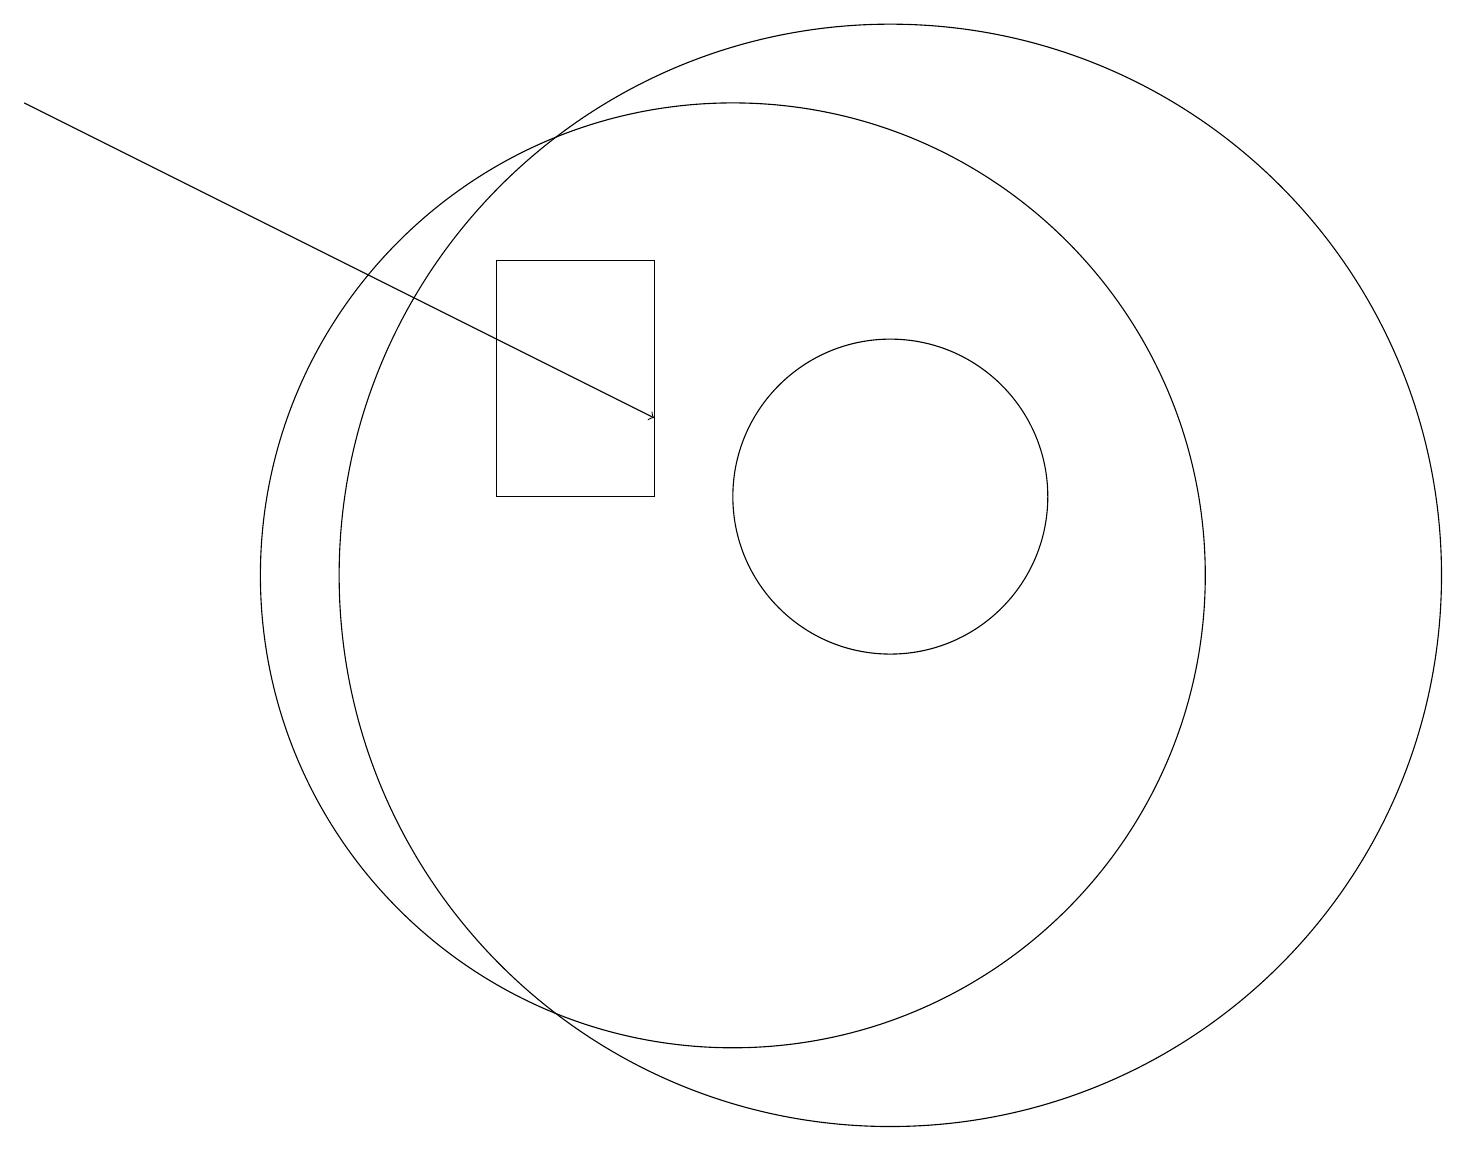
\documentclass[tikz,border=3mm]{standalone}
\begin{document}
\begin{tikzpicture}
\draw[->] (1,16) -- (9,12);
\draw (12,11) circle (2);
\draw (10,10) circle (6);
\draw (12,10) circle (7);
\draw (9,14) rectangle (7,11);
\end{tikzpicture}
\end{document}